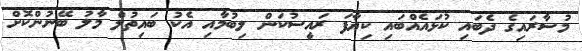
މުސާރައިގެ ދެބައި ކުޅައެއްބައި ކިިޔާފަ ރައީސުކަން ލިބުމާއި އެކު ބައިތުލް މާލު ބޭނުންކޮށް